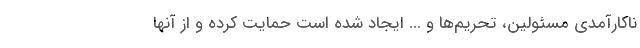
ناکارآمدی مسئولین، تحریم‌ها و ... ایجاد شده است حمایت کرده و از آنها